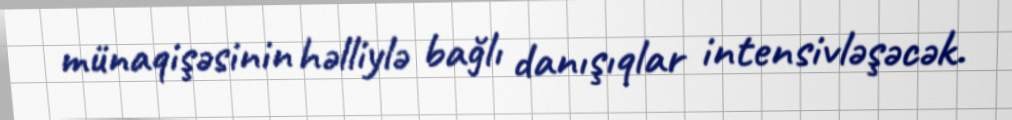
münaqişəsinin həlliylə bağlı danışıqlar intensivləşəcək.